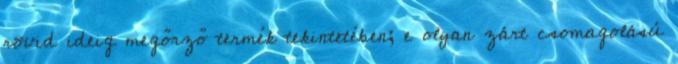
rövid ideig megőrző termék tekintetében; e olyan zárt csomagolású